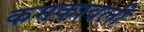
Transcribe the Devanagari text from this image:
कमकावली